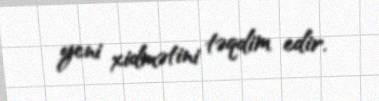
yeni xidmətini təqdim edir.